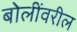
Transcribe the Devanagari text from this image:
बोलींवरील